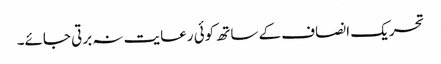
تحریک انصاف کے ساتھ کوئی رعایت نہ برتی جائے۔